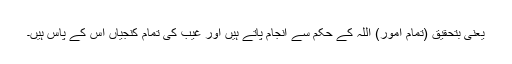
یعنی بتحقیق (تمام امور) اللہ کے حکم سے انجام پاتے ہیں اور غیب کی تمام کنجیاں اس کے پاس ہیں۔